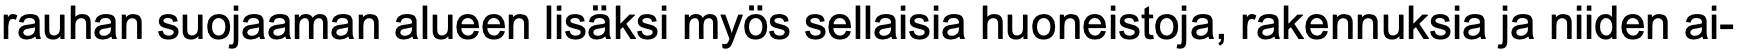
rauhan suojaaman alueen lisäksi myös sellaisia huoneistoja, rakennuksia ja niiden ai-